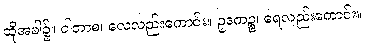
ထိုအခါ၌။ ဝါတာစ၊ လေလည်းကောင်း။ ဥဒကဉ္စ၊ ရေလည်းကောင်း။